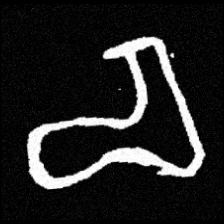
Pyu character \u2014 Myanmar letter: စ (romanized: ca)